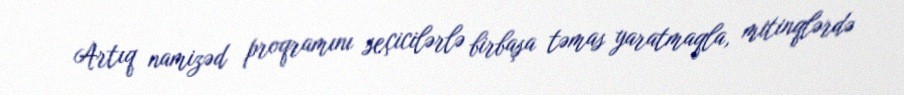
Artıq namizəd proqramını seçicilərlə birbaşa təmas yaratmaqla, mitinqlərdə